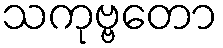
သကုဗ္ဗတော